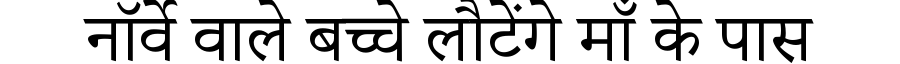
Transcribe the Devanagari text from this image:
नॉर्वे वाले बच्चे लौटेंगे माँ के पास